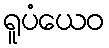
ရူပံယေဝ